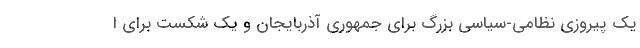
یک پیروزی نظامی-سیاسی بزرگ برای جمهوری آذربایجان و یک شکست برای ا